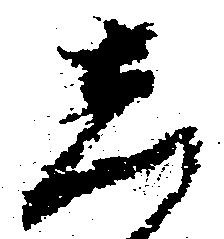
し